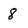
Character: 8